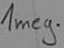
Text: 1meg.